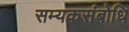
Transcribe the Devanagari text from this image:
सम्यकसंबोधि